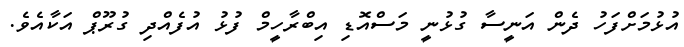
އުޅުމަށްފަހު ދެން އަނީސާ ގުޅުނީ މަސްއޮޑި އިބްރާހީމް ފުޅު އުފެއްދި ގުރޫޕް އަކާއެވެ.